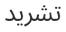
تشريد